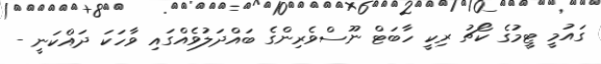
ގައުމީ ޓީމުގެ ކޯޗު ރިކީ ހާބަޓް ނޫސްވެރިންގެ ބައްދަލުވެއްގައި ވާހަކަ ދައްކަނީ -